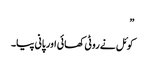
”
کوئل نے روٹی کھائی اور پانی پیا۔